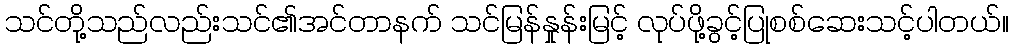
သင်တို့သည်လည်းသင်၏အင်တာနက် သင်မြန်နှုန်းမြင့် လုပ်ဖို့ခွင့်ပြုစစ်ဆေးသင့်ပါတယ်။